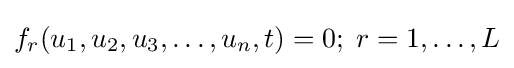
f_{r}(u_{1},u_{2},u_{3},\ldots ,u_{n},t)=0;\;r=1,\ldots ,L